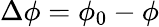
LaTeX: \Delta\phi=\phi_{0}-\phi